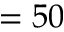
= 5 0